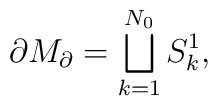
\partial M_{\partial }=\bigsqcup_{k=1}^{N_{0}}S_{k}^{1},